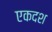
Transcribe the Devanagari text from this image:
एकदश